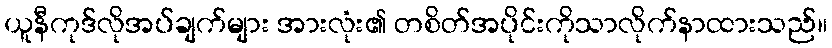
ယူနီကုဒ်လိုအပ်ချက်များ အားလုံး၏ တစိတ်အပိုင်းကိုသာလိုက်နာထားသည်။